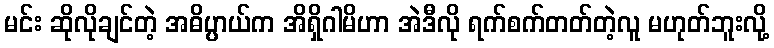
မင်း ဆိုလိုချင်တဲ့ အဓိပ္ပာယ်က အိရှိဂါမိဟာ အဲဒီလို ရက်စက်တတ်တဲ့လူ မဟုတ်ဘူးလို့